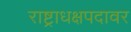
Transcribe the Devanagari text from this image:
राष्ट्राधक्षपदावर